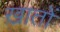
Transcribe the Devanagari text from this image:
ख़ातों